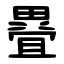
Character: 疂